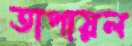
তাপায়ল